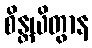
စိန္တယိတွာန